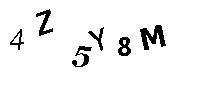
4Z5Y8M